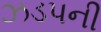
ઝડપની